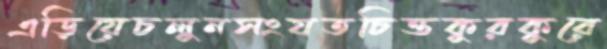
এড়িয়েচলুনসংযতচিত্তকুরকুরে